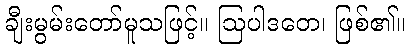
ချီးမွမ်းတော်မူသဖြင့်။ ဩပါဒတေ၊ ဖြစ်၏။